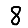
Digit: 8